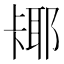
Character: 𫧵